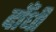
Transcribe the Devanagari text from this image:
दाँधी